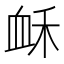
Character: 𧖲